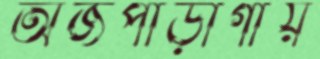
অজপাড়াগাঁয়